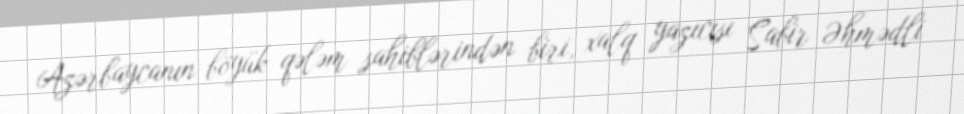
Azərbaycanın böyük qələm sahiblərindən biri, xalq yazıcısı Sabir Əhmədli